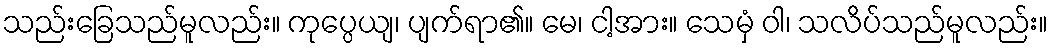
သည်းခြေသည်မူလည်း။ ကုပ္ပေယျ၊ ပျက်ရာ၏။ မေ၊ ငါ့အား။ သေမှံ ဝါ၊ သလိပ်သည်မူလည်း။